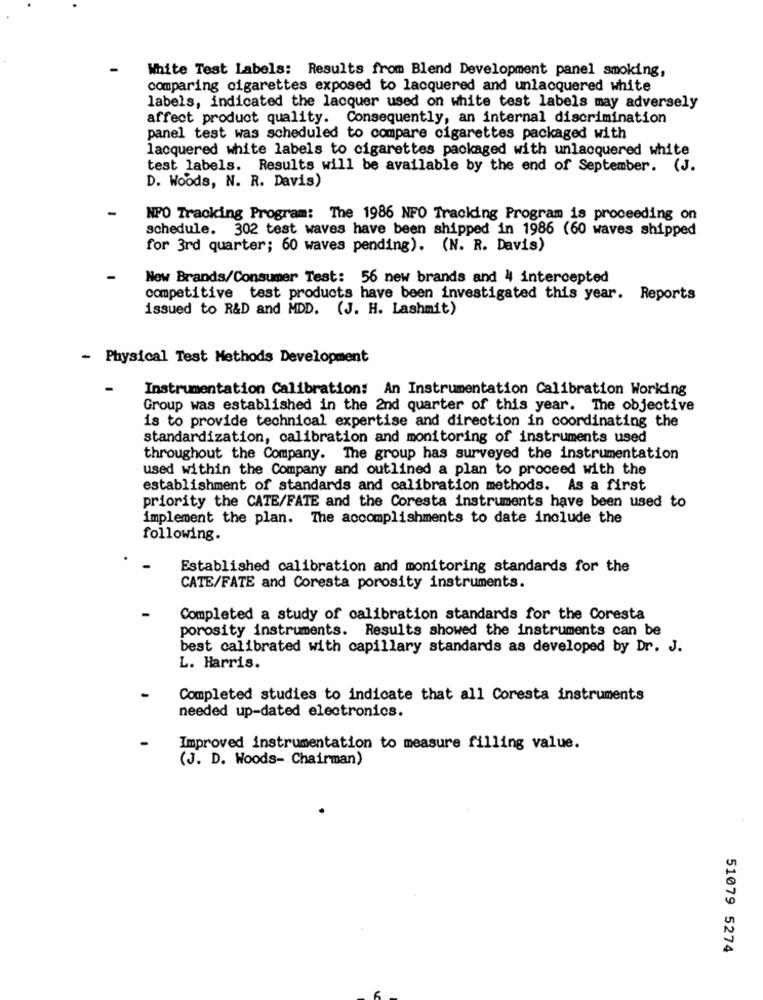
White Test Labels: Results from Blend Development panel smoking,
comparing cigarettes exposed to lacquered and unlacquered white
labels, indicated the lacquer used on white test labels may adversely
affect product quality. Consequently, an internal discrimination
panel test was scheduled to compare cigarettes packaged with
lacquered white labels to cigarettes packaged with unlacquered white
test labels. Results will be available by the end of September. (J.
D. Woods, N. R. Davis)
NPO Tracking Program: The 1986 NFO Tracking Program is proceeding on
schedule. 302 test waves have been shipped in 1986 (60 waves shipped
for 3rd quarter; 60 waves pending). (N. R. Davis)
New Brands/Consumer Test: 56 new brands and 4 intercepted
competitive test products have been investigated this year. Reports
issued to R&D and MDD. (J. H. Lashmit)
- Physical Test Methods Development
-
Instrumentation Calibration: An Instrumentation Calibration Working
Group was established in the 2nd quarter of this year. The objective
is to provide technical expertise and direction in coordinating the
standardization, calibration and monitoring of instruments used
throughout the Company. The group has surveyed the instrumentation
used within the Company and outlined a plan to proceed with the
establishment of standards and calibration methods. As a first
priority the CATE/FATE and the Coresta instruments have been used to
implement the plan. The accomplishments to date include the
following.
Established calibration and monitoring standards for the
CATE/FATE and Coresta porosity instruments.
Completed a study of calibration standards for the Coresta
porosity instruments. Results showed the instruments can be
best calibrated with capillary standards as developed by Dr. J.
L. Harris.
Completed studies to indicate that all Coresta instruments
needed up-dated electronics.
Improved instrumentation to measure filling value.
(J. D. Woods- Chairman)
51079 5274